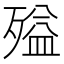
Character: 㱲